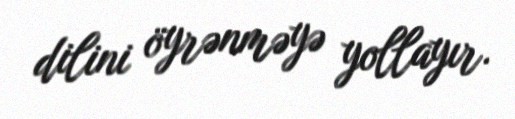
dilini öyrənməyə yollayır.